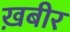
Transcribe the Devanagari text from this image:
ख़बीर